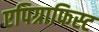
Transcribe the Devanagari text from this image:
एपिग्राफिस्ट